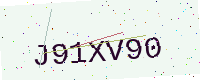
Text: J91XV90